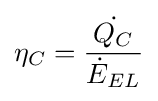
\eta _{C}={\frac {\dot {Q_{C}}}{{\dot {E}}_{EL}}}